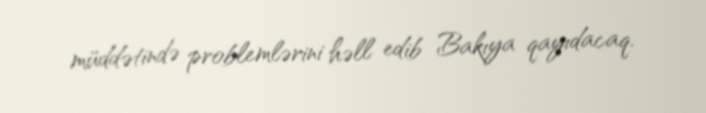
müddətində problemlərini həll edib Bakıya qayıdacaq.